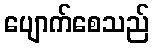
ပျောက်စေသည်